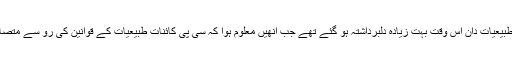
(کافی طبیعیات دان اس وقت بہت زیادہ دلبرداشتہ ہو گئے تھے جب انھیں معلوم ہوا کہ سی پی کائنات طبیعیات کے قوانین کی رو سے متصادم ہے۔